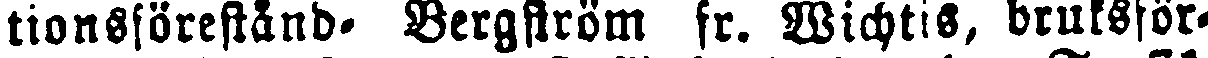
tionsförestånd- Bergström fr. Wichtis, bruksför-